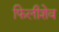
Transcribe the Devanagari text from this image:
फिलीशेव